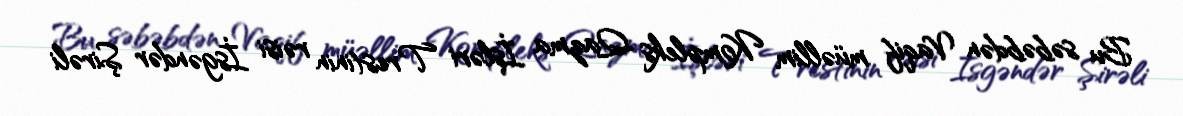
Bu səbəbdən Vaqif müəllim Kompleks Qazma İşləri Trestinin rəisi İsgəndər Şirəli